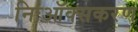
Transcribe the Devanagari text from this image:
निःऑक्सकरण